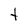
Character: t